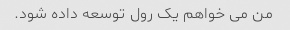
من می خواهم یک رول توسعه داده شود.